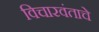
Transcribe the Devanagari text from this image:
विचारवंताचे